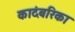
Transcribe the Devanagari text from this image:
कादंबरिका